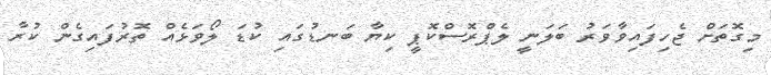
މިގޮތަށް ޖެހިފައިވާވަރު ބަލަނީ ލެޕްރޮސްކޮޕީ ކިޔާ ބަނޑުގައި ކުޑަ ލޯވަޅެއް ތޮރުފައިގެން ކުރާ